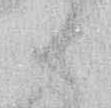
御